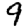
Digit: 9